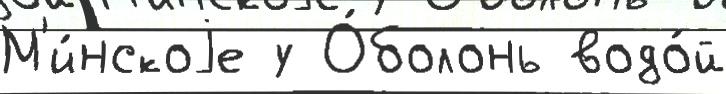
М'и́нскоjе у О́болонь водо́й